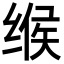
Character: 缑